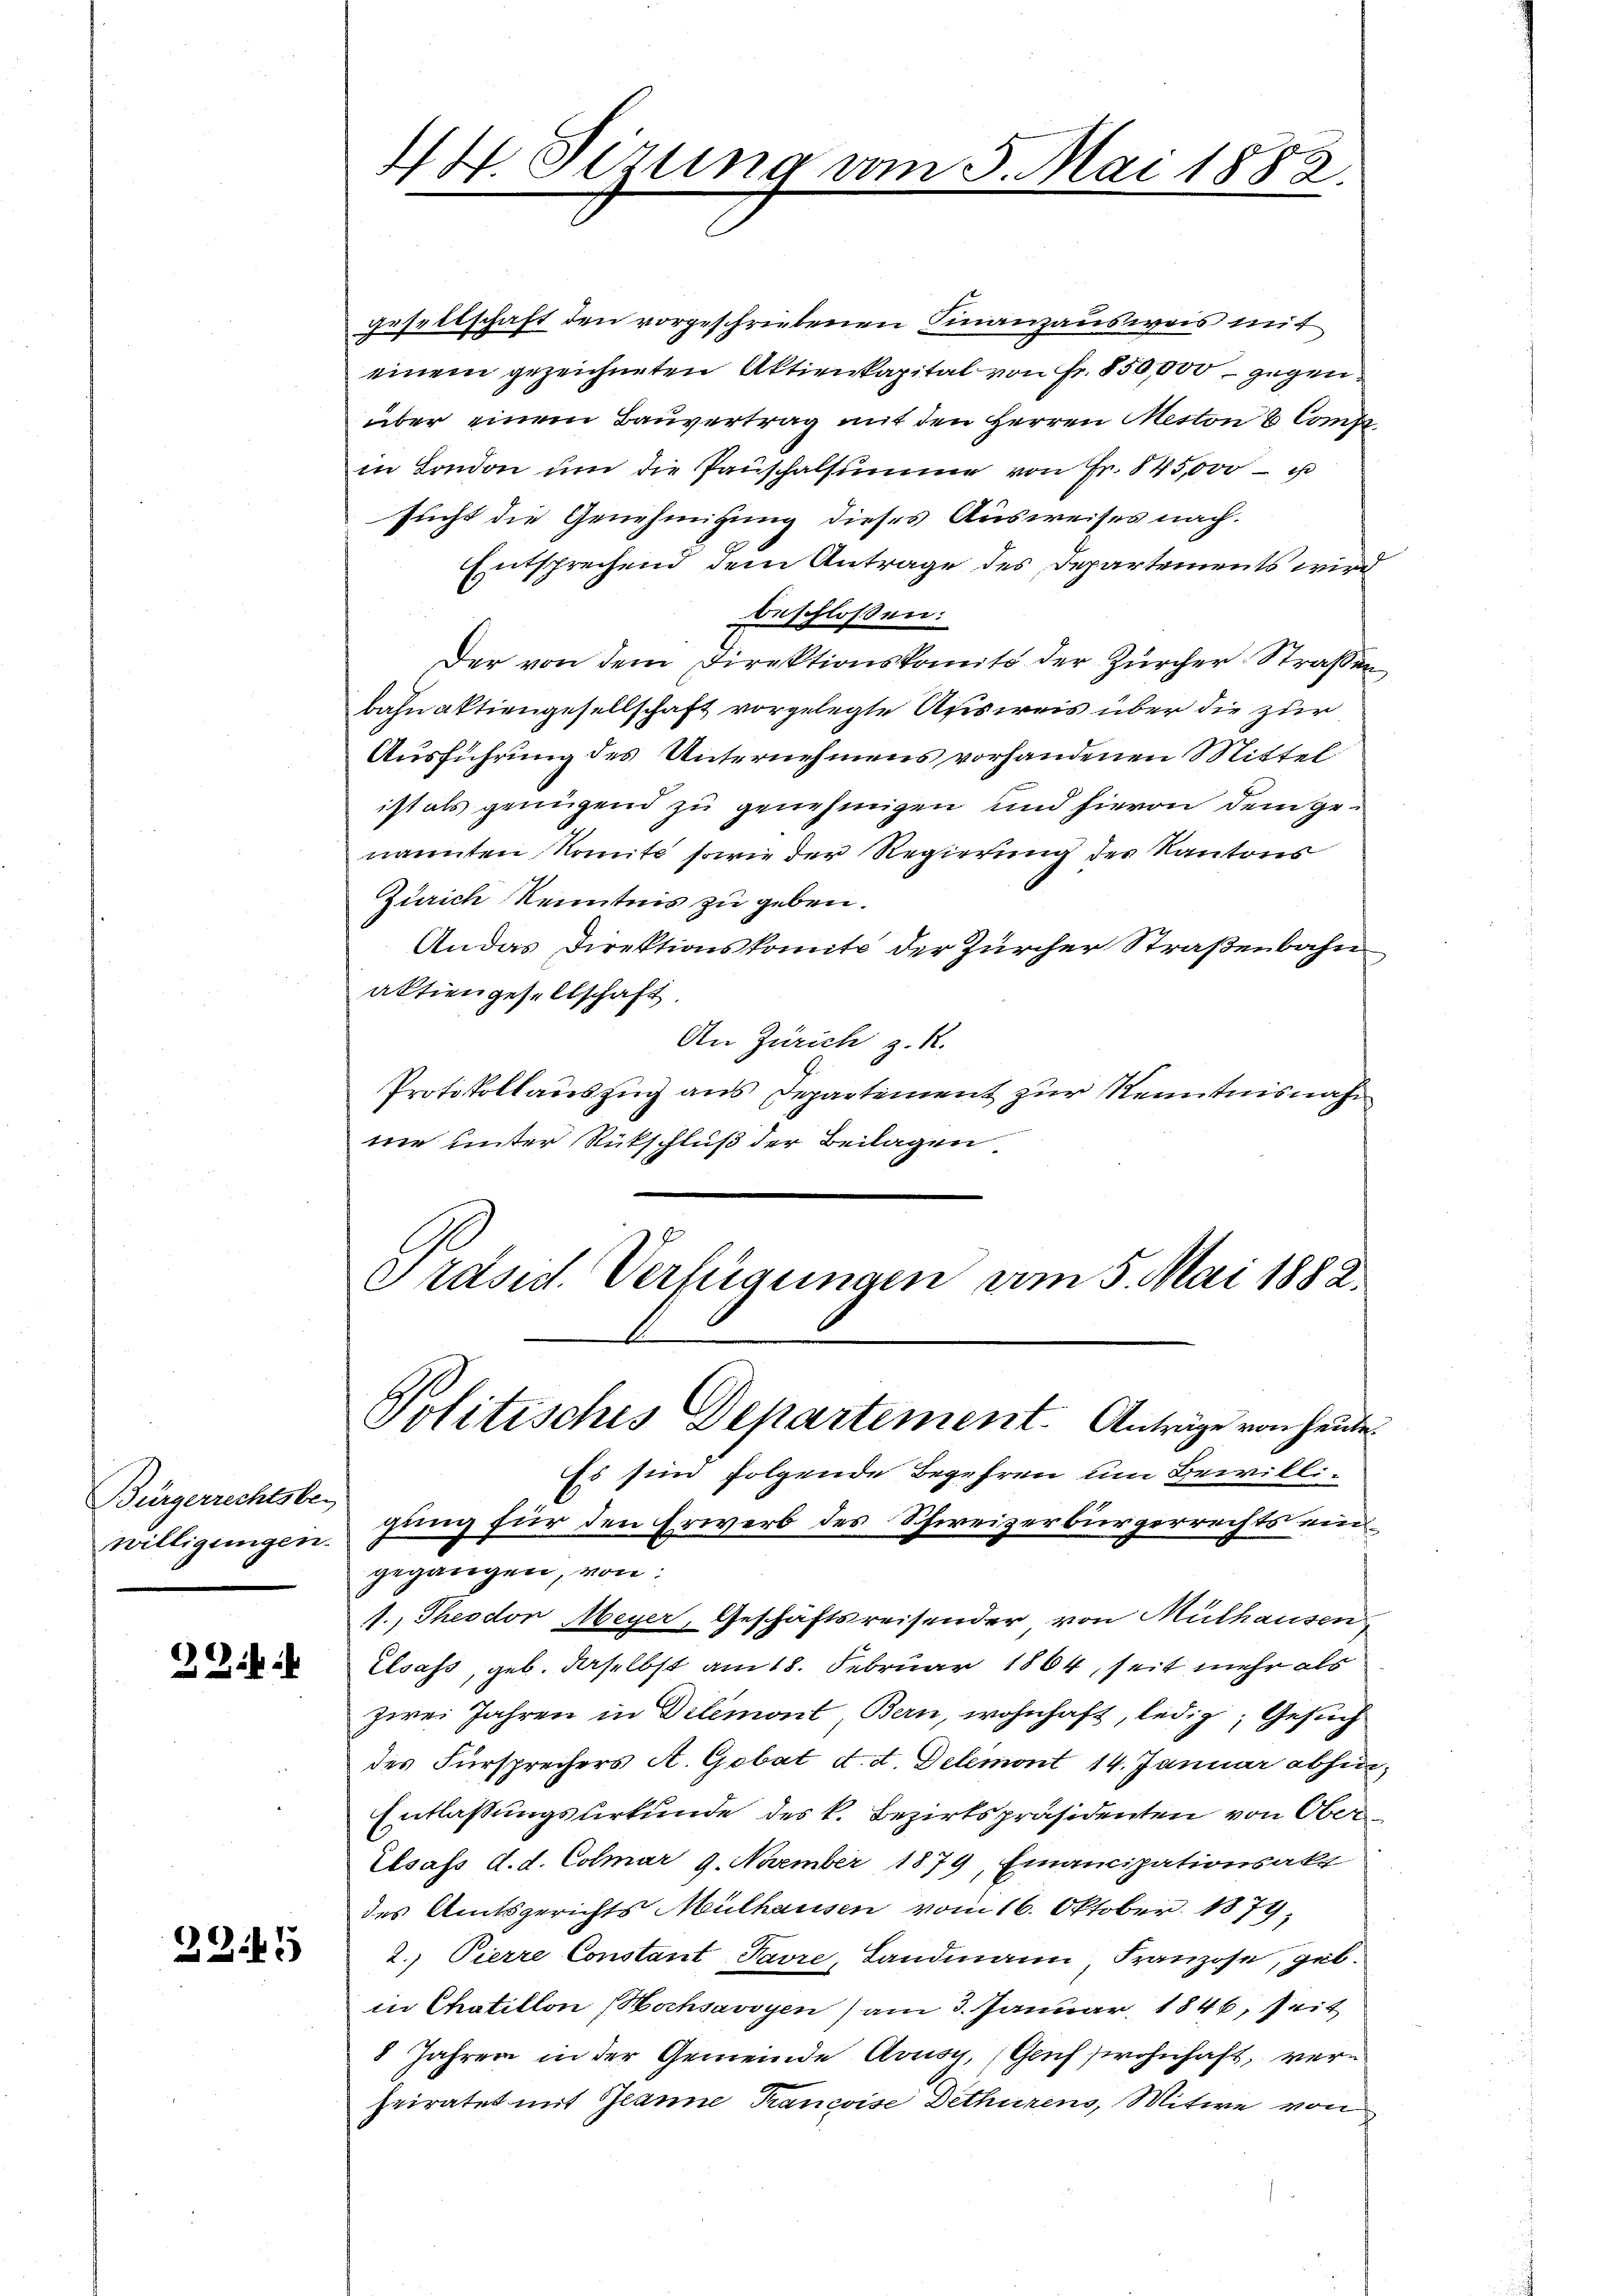
Bürgerrechtsber
willigungen.

32

2345

gesellschaft den vorgeschriebenen Finanzausweis mit
einem gezeichneten Aktienkapital von Fr. 850,000 gegen
über einem Bauvertrag mit den Herren Meston 6 Compa
in London um die Pauschalsumme von Fr. 845,000 -
sucht die Genehmigung dieses Ausweises nach.
Entsprechend dem Antrage des Departements wird
beschlossen:
Der von dem Direktionskomit der Zürcher Straßen,
bahnaktiengesellschaft vorgelegte Ausreis über die zur
Ausführung des Unternehmens vorhandenen Mittel
ist als genügend zu genehmigen und hievon dem genannten Nomite sowie der Regierung des Kantons
Zürich Kenntnis zu geben.
Andas Direktionskomité der Zürcher Straßenbahn
aktiengesellschaft
An Zürich z. R.
Protokollauszug aus Departement zur Kenntnisnahne unter Rütschluß der Beilagen
Präsid. Verfügungen vom 5. Mai 1882.

44. Sirung vom 5. Mai 1882.

Politisches Departement. Anträge von heute.

Es sind folgende Begehren um Bewilli
gung für den Erwerb des Schweizerbürgerrechts ein
gegangen, von:
1., Theodor Meyer, Geschäftsreisender von Mülhausen-
Elsass, geb. daselbst am 18. Februar 1864, seit mehr als
zwei Jahren in Dilemont, Bern, wohnhaft, ledig, Gesuch
des Fürsprechers A. Gobat d. d. Delemont 14. Januar abhin,
Entlassungsurkunde des k. Bezirkspräsidenten von Ober¬
Elsass d. d. Colmar 9. November 1879, Emancipationsakt
des Amtsgerichts Mülhausen vom 16. Oktober. 1879,
2. Pierre Constant Favre, Landmann, Franzose, geb.
in Chatillon Hochsavoyen ) am 3. Januar 1846, seit
8 Jahren in der Gemeinde Aouse, (Genf wohnhaft, vern
heiratet mit Jeanne Trancoise Dethürens, Mitwe von